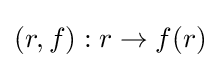
(r,f):r\to f(r)